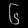
Digit: ၆